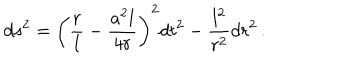
d s ^ { 2 } = \left( \frac r l - \frac { a ^ { 2 } l } { 4 r } \right) ^ { 2 } d t ^ { 2 } - \frac { l ^ { 2 } } { r ^ { 2 } } d r ^ { 2 } \, .